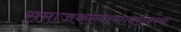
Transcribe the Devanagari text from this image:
समाजकल्याणाबरोबरच